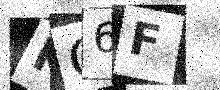
Text: KO6F